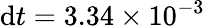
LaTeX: \mathrm{d}t=3.34\times 10^{-3}